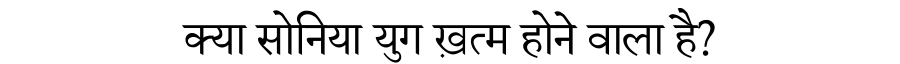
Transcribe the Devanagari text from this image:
क्या सोनिया युग ख़त्म होने वाला है?